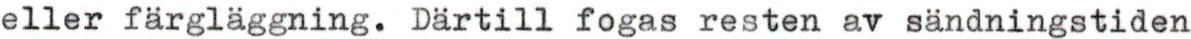
eller färgläggning. Därtill fogas resten av sändningstiden